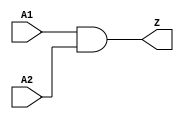
// This program was cloned from: https://github.com/chipsalliance/aib-phy-hardware
// License: Apache License 2.0

// SPDX-License-Identifier: Apache-2.0
// Copyright (C) 2019 Intel Corporation. 
module c3aibadapt_cmn_clkand2
(
        output  wire    Z,
        input   wire    A1,
        input   wire    A2
);

	assign Z = A1 & A2;

endmodule // c3adapt_cmn_clkand2